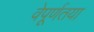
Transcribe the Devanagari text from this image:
वेपूर्णतया